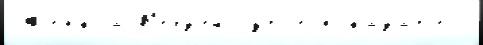
Женкла В'ерз'ей Рутье показа́т'ель